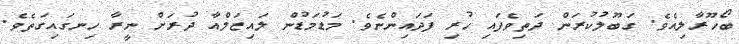
ބޯހޫރާލިއެވެ. ގަބޫލުކުރަން ދަތިވެފައި ހުރި ފަދައިންނެވެ. މަޑުމަޑުން ލައިޒަލްއާ ދުރަށް ނީރާ ހިނގައިގަތެވެ.